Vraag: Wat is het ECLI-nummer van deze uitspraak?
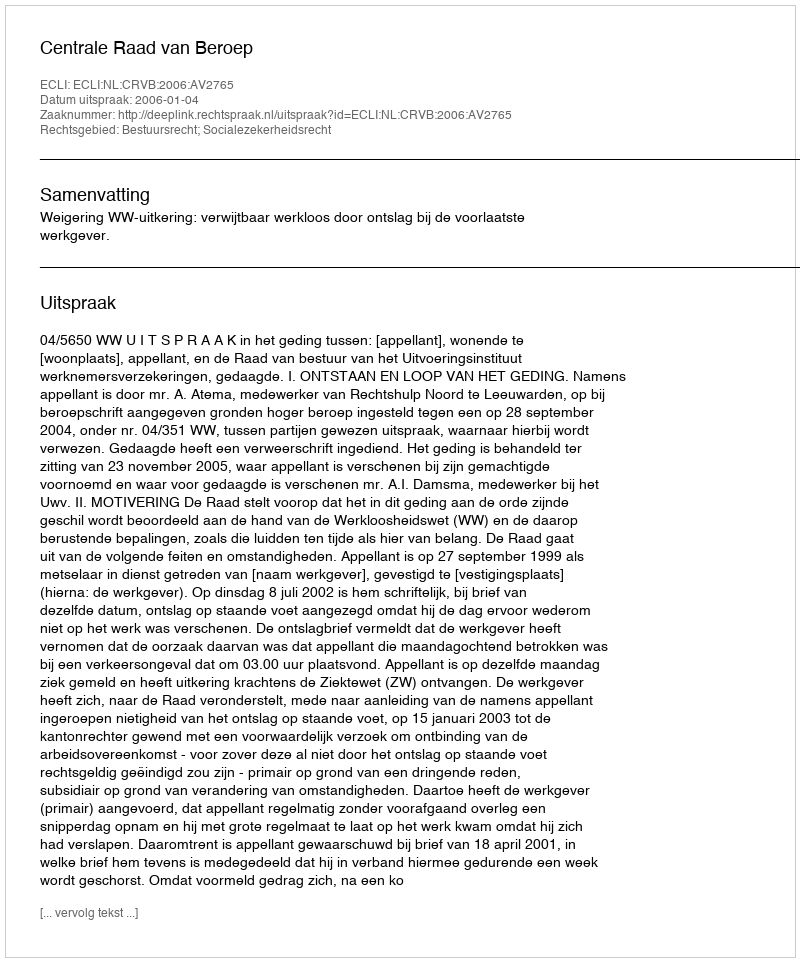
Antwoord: ECLI:NL:CRVB:2006:AV2765